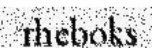
rheboks